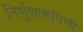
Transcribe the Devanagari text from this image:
निर्णुणारूपिणी